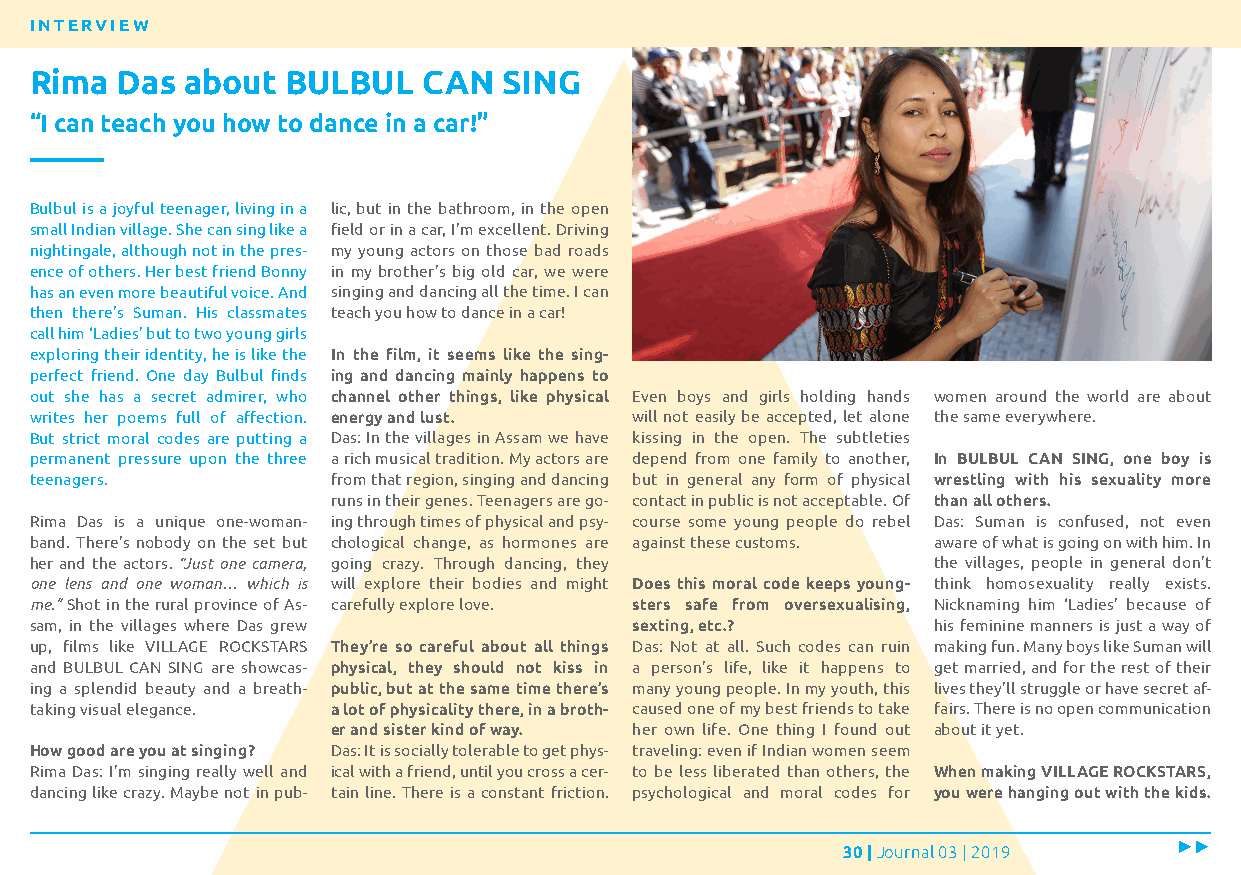
INTERVIEW
 Rima  Das about  BULBUL   CAN  SING
 “I can teach you how to dance in a car!”
 Bulbul is a joyful teenager, living in a lic, but in the bathroom, in the open
 small Indian village. She can sing like a field or in a car, I’m excellent. Driving
 nightingale, although not in the pres- my young actors on those bad roads
 ence of others. Her best friend Bonny in my brother’s big old car, we were
 has an even more beautiful voice. And singing and dancing all the time. I can
 then there’s Suman. His classmates teach you how to dance in a car!
 call him ‘Ladies’ but to two young girls
 exploring their identity, he is like the In the film, it seems like the sing-
 perfect friend. One day Bulbul finds ing and dancing mainly happens to
 out she has a secret admirer, who channel other things, like physical Even boys and girls holding hands women around the world are about
 writes her poems full of affection. energy and lust. will not easily be accepted, let alone the same everywhere.
 But strict moral codes are putting a Das: In the villages in Assam we have kissing in the open. The subtleties
 permanent pressure upon the three a rich musical tradition. My actors are depend from one family to another, In BULBUL CAN SING, one boy is
 teenagers.          from that region, singing and dancing but in general any form of physical wrestling with his sexuality more
 runs in their genes. Teenagers are go- contact in public is not acceptable. Of than all others.
 Rima Das is a unique one-woman- ing through times of physical and psy- course some young people do rebel Das: Suman is confused, not even
 band. There’s nobody on the set but chological change, as hormones are against these customs. aware of what is going on with him. In
 her and the actors. “Just one camera, going crazy. Through dancing, they the villages, people in general don’t
 one lens and one woman… which is will explore their bodies and might Does this moral code keeps young- think homosexuality really exists.
 me.” Shot in the rural province of As- carefully explore love. sters safe from oversexualising, Nicknaming him ‘Ladies’ because of
 sam, in the villages where Das grew     sexting, etc.?      his feminine manners is just a way of
 up, films like VILLAGE ROCKSTARS They’re so careful about all things Das: Not at all. Such codes can ruin making fun. Many boys like Suman will
 and BULBUL CAN SING are showcas- physical, they should not kiss in a person’s life, like it happens to get married, and for the rest of their
 ing a splendid beauty and a breath- public, but at the same time there’s many young people. In my youth, this lives they’ll struggle or have secret af-
 taking visual elegance. a lot of physicality there, in a broth- caused one of my best friends to take fairs. There is no open communication
 er and sister kind of way. her own life. One thing I found out about it yet.
 How good are you at singing? Das: It is socially tolerable to get phys- traveling: even if Indian women seem
 Rima Das: I’m singing really well and ical with a friend, until you cross a cer- to be less liberated than others, the When making VILLAGE ROCKSTARS,
 dancing like crazy. Maybe not in pub- tain line. There is a constant friction. psychological and moral codes for you were hanging out with the kids.
 30 | Journal 03 | 2019